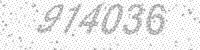
Solution: 914036